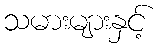
သမားများနှင့်